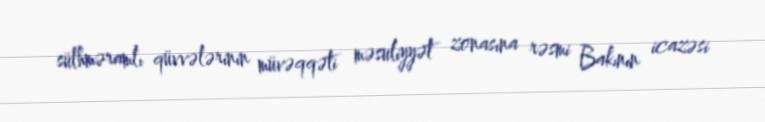
sülhməramlı qüvvələrinin müvəqqəti məsuliyyət zonasına rəsmi Bakının icazəsi